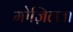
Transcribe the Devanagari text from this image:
मोज़िल्ला